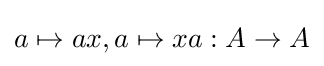
a\mapsto ax,a\mapsto xa:A\to A